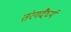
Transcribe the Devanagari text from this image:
तंरगदैर्घ्य